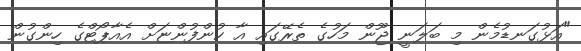
"އަޅުގަނޑުމެން މި ބަލަނީ ޖޫން މަހުގެ ތެރޭގައި އާ ކުންފުންޏަށް އެއާޕޯޓްގެ ހިންގުން